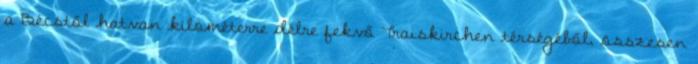
a Bécstől hatvan kilométerre délre fekvő Traiskirchen térségéből, összesen